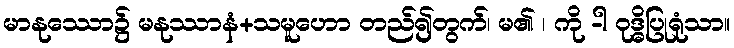
မာနုဿော၌ မနုဿာနံ+သမူဟော တည်၍တွက်၊ မ၏ ၊ ကို -ါ ဝုဒ္ဓိပြုရုံသာ။